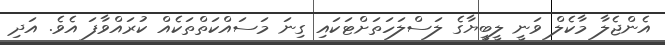
އެންޖެލާ މާކެލް ވަނީ ލީބީޔާގެ ލަސްލަހަތަށްޓަކައި ގިނަ މަސައްކަތްތަކެއް ކުރައްވާފަ އެވެ. އަދި